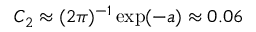
C _ { 2 } \approx ( 2 \pi ) ^ { - 1 } \exp ( - a ) \approx 0 . 0 6